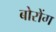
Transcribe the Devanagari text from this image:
बोरोंग